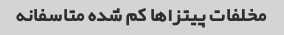
مخلفات پیتزاها کم شده متاسفانه